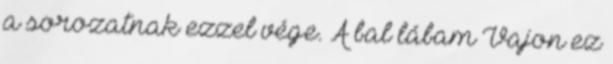
a sorozatnak ezzel vége. A bal lábam Vajon ez